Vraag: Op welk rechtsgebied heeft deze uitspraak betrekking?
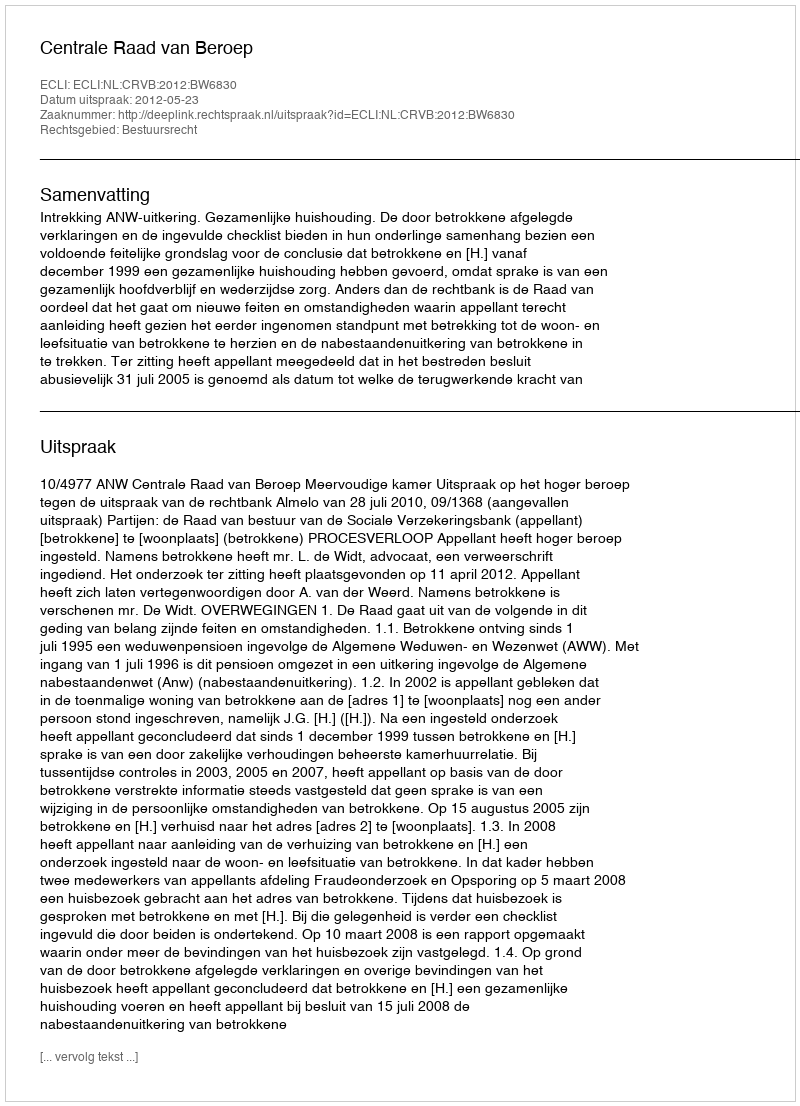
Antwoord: Bestuursrecht